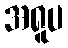
အရူပ